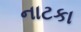
નાટકા